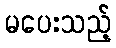
မပေးသည့်